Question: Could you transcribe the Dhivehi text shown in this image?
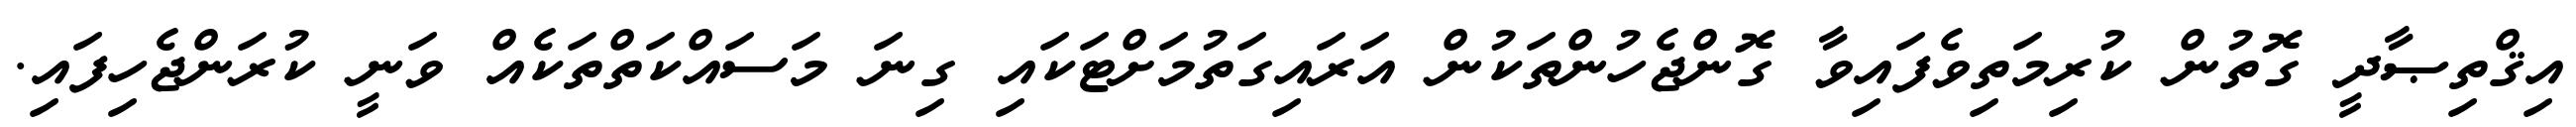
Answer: އިޤްތިޞާދީ ގޮތުން ކުރިމަތިވެފައިވާ ގޮންޖެހުންތަކުން އަރައިގަތުމަށްޓަކައި ގިނަ މަސައްކަތްތަކެއް ވަނީ ކުރަންޖެހިފައި.